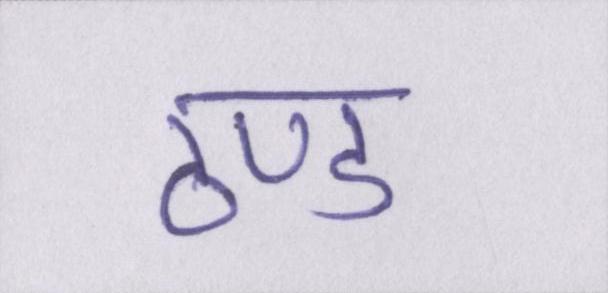
ठण्ड